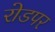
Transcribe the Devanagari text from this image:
रोडपर